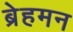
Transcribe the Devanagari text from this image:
ब्रेहमन